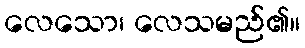
လေသော၊ လေသမည်၏။